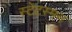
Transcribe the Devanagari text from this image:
स्टेटस्मन